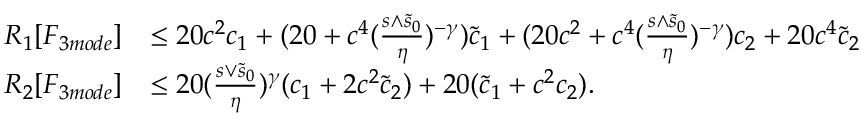
\begin{array} { r l } { R _ { 1 } [ F _ { 3 m o d e } ] } & { \le 2 0 c ^ { 2 } c _ { 1 } + ( 2 0 + c ^ { 4 } ( \frac { s \wedge \tilde { s } _ { 0 } } \eta ) ^ { - \gamma } ) \tilde { c } _ { 1 } + ( 2 0 c ^ { 2 } + c ^ { 4 } ( \frac { s \wedge \tilde { s } _ { 0 } } \eta ) ^ { - \gamma } ) c _ { 2 } + 2 0 c ^ { 4 } \tilde { c } _ { 2 } } \\ { R _ { 2 } [ F _ { 3 m o d e } ] } & { \le 2 0 ( \frac { s \vee \tilde { s } _ { 0 } } \eta ) ^ { \gamma } ( c _ { 1 } + 2 c ^ { 2 } \tilde { c } _ { 2 } ) + 2 0 ( \tilde { c } _ { 1 } + c ^ { 2 } c _ { 2 } ) . } \end{array}